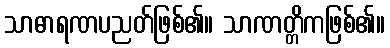
သာဓာရဏပညတ်ဖြစ်၏။ သာဏတ္တိကဖြစ်၏။